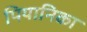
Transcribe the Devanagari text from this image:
पियानिका